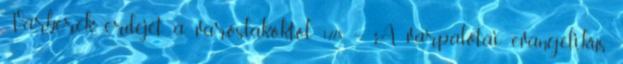
Várberek erdejét a városlakóktól. 1778. – A várpalotai evangélikus